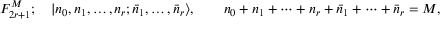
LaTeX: F _ { 2 r + 1 } ^ { M } ; \quad | n _ { 0 } , n _ { 1 } , \ldots , n _ { r } ; \bar { n } _ { 1 } , \ldots , \bar { n } _ { r } \rangle , \qquad n _ { 0 } + n _ { 1 } + \cdots + n _ { r } + \bar { n } _ { 1 } + \cdots + \bar { n } _ { r } = M ,